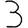
Digit: 3